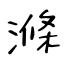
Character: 滌